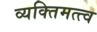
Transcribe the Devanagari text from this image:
व्यक्‍तिमत्त्व